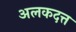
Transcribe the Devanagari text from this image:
अलकदत्त